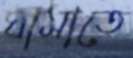
ঘামাতে